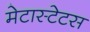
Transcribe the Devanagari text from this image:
मेटास्टेटस